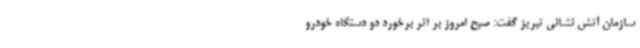
سازمان آتش نشانی تبریز گفت: صبح امروز بر اثر برخورد دو دستگاه خودرو